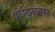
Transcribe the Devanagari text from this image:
भुंग्याव्दारे